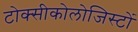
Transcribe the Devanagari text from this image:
टोक्सीकोलोजिस्टों